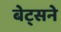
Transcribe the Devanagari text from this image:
बेट्सने